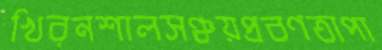
খিরনশালসঞ্চয়প্রবণতাপা